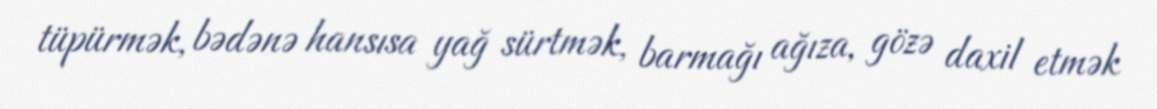
tüpürmək, bədənə hansısa yağ sürtmək, barmağı ağıza, gözə daxil etmək